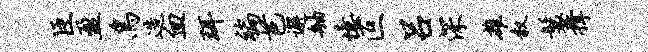
臣盈鸟造血珥褊芭邂舳忆叵吕深雄叙鬟撑